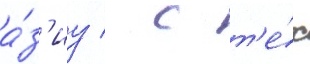
а́з'иу / с т'е́х